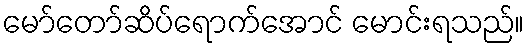
မော်တော်ဆိပ်ရောက်အောင် မောင်းရသည်။